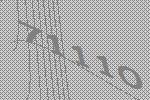
71110